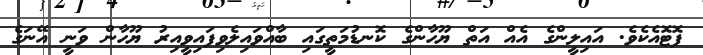
ފޮޓޮއެކެވެ. އައިލީންގެ އެއް އަތް ޔޫހާންގެ ކޮނޑުމަތީގައި ބާއްވައިލެވިފައިވީއިރު ޔޫހާން ވަނީ އޭނަގެ